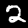
Digit: 2